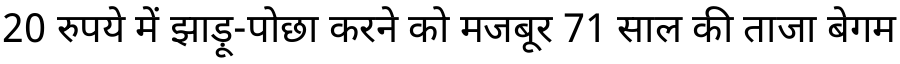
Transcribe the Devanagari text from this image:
20 रुपये में झाड़ू-पोछा करने को मजबूर 71 साल की ताजा बेगम